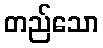
တည်သော